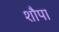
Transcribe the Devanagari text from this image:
शौपा